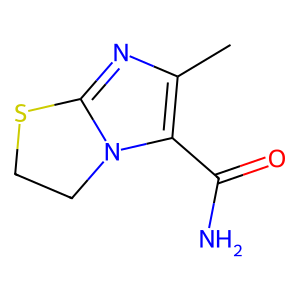
SMILES: Cc1nc2n(c1C(N)=O)CCS2
Inhibits HIV replication: No